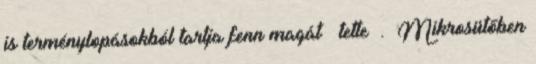
is terménylopásokból tartja fenn magát – tette . Mikrosütőben